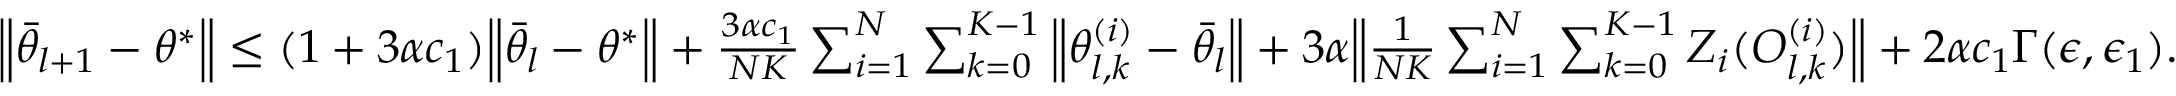
\begin{array} { r } { \Big \lVert \bar { \theta } _ { l + 1 } - \theta ^ { * } \Big \rVert \le ( 1 + 3 \alpha c _ { 1 } ) \Big \lVert \bar { \theta } _ { l } - \theta ^ { * } \Big \rVert + \frac { 3 \alpha c _ { 1 } } { N K } \sum _ { i = 1 } ^ { N } \sum _ { k = 0 } ^ { K - 1 } \Big \lVert \theta _ { l , k } ^ { ( i ) } - \bar { \theta } _ { l } \Big \rVert + 3 \alpha \Big \lVert \frac { 1 } { N K } \sum _ { i = 1 } ^ { N } \sum _ { k = 0 } ^ { K - 1 } Z _ { i } ( O _ { l , k } ^ { ( i ) } ) \Big \rVert + 2 \alpha c _ { 1 } \Gamma ( \epsilon , \epsilon _ { 1 } ) . } \end{array}